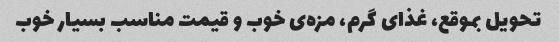
تحویل بموقع، غذای گرم، مزه‌ی خوب و قیمت مناسب بسیار خوب